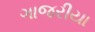
ગાજરીયા